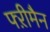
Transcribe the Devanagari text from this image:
फ्ऱीमैन